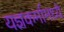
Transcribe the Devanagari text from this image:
यज्ञकर्मामध्ये